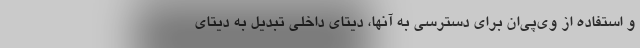
و استفاده از وی‌پی‌ان برای دسترسی به آنها، دیتای داخلی تبدیل به دیتای